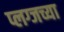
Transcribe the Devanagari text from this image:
प्लग्जच्या